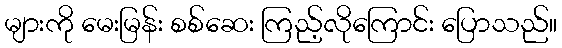
များကို မေးမြန်း စစ်ဆေး ကြည့်လိုကြောင်း ပြောသည်။